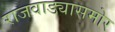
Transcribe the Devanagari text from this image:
राजवाड्यासमोर